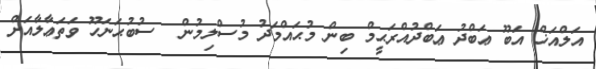
އަލްއަޚް އަބޫ ޢަބްދު ޢަބްދުއްރަޙީމް ބިން މުޙައްމަދު މުސްލިމުން  ސުބުޙަނަހޫ ވަތަޢާލާއަށް